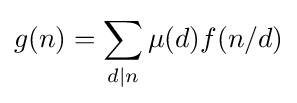
g(n)=\sum _{d\mid n}\mu (d)f(n/d)